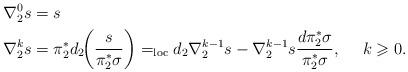
LaTeX: \begin{align*}\nabla^0_2s&=s\\\nabla^{k}_2s&=\pi_2^*d_2\!\!\left(\frac{s}{\pi_2^*\sigma}\right)=_{\rm loc}d_2\nabla^{k-1}_2s-\nabla^{k-1}_2s\frac{d\pi_2^*\sigma}{\pi_2^*\sigma},\ \ \ \ k\geqslant 0.\end{align*}